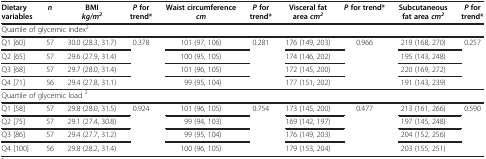
| Dietary variables | n | BMI kg/m2 | P for trend* | Waist circumference cm | P for trend* | Visceral fat area cm2 | P for trend* | Subcutaneous fat area cm2 | P for trend* |
 | --- | --- | --- | --- | --- | --- | --- | --- | --- | --- |
 | <COLSPAN=10> Quartile of glycemic index2 |
 | Q1 [60] | 57 | 30.0 (28.3, 31.7) | <ROWSPAN=4> 0.378 | 101 (97, 106) | <ROWSPAN=4> 0.281 | 176 (149, 203) | <ROWSPAN=4> 0.966 | 219 (168, 270) | <ROWSPAN=4> 0.257 |
 | Q2 [65] | 57 | 29.6 (27.9, 31.4) | 100 (95, 105) | 174 (146, 202) | 195 (143, 248) |
 | Q3 [68] | 57 | 29.7 (28.0, 31.4) | 101 (96, 105) | 172 (145, 200) | 220 (169, 272) |
 | Q4 [71] | 56 | 29.4 (27.8, 31.1) | 99 (95, 104) | 177 (151, 202) | 191 (143, 239) |
 | <COLSPAN=10> Quartile of glycemic load 2 |
 | Q1 [58] | 57 | 29.8 (28.0, 31.5) | <ROWSPAN=4> 0.924 | 101 (96, 105) | <ROWSPAN=4> 0.754 | 173 (145, 200) | <ROWSPAN=4> 0.477 | 213 (161, 266) | <ROWSPAN=4> 0.590 |
 | Q2 [75] | 57 | 29.1 (27.4, 30.8) | 99 (94, 103) | 169 (142, 197) | 197 (145, 248) |
 | Q3 [86] | 57 | 29.4 (27.7, 31.2) | 99 (95, 104) | 176 (149, 203) | 204 (152, 256) |
 | Q4 [100] | 56 | 29.8 (28.2, 31.4) | 100 (96, 105) | 179 (153, 204) | 203 (155, 251) |